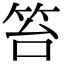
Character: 笞